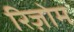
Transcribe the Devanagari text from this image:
रिज़ोम